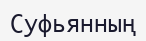
Суфьянның